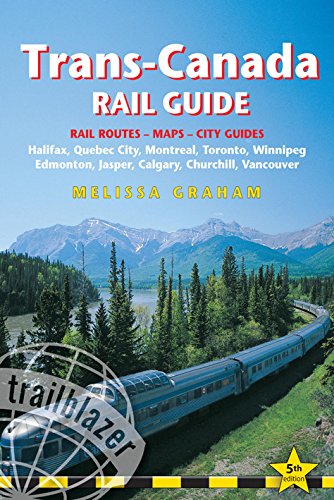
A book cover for Trans-Canada Rail Guide: Includes City Guides To Halifax, Quebec City, Montreal, Toronto, Winnipeg, Edmonton, Jasper, Calgary, Churchill  And Vancouver; Melissa Graham; Engineering & Transportation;